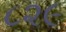
૮૨૯